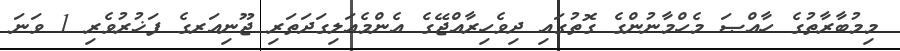
މިމުބާރާތުގެ ހާއްޞަ މެހްމާނުންގެ ގޮތުގައި ދިވެހިރާއްޖޭގެ އެންމެއަލިގަދަތަރި ޖޫނިއަރގެ ފަޚުރުވެރި 1 ވަނަ